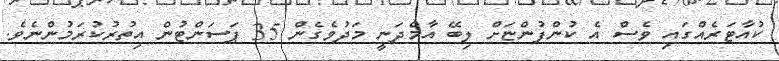
ކުއާޓަރެއްގައި ވެސް އެ ކުންފުންޏަށް ލިބޭ އާމްދަނީ މަދުވެގެން 35 ޕަސަންޓުން އިތުރުކުރަމުންނެވެ.